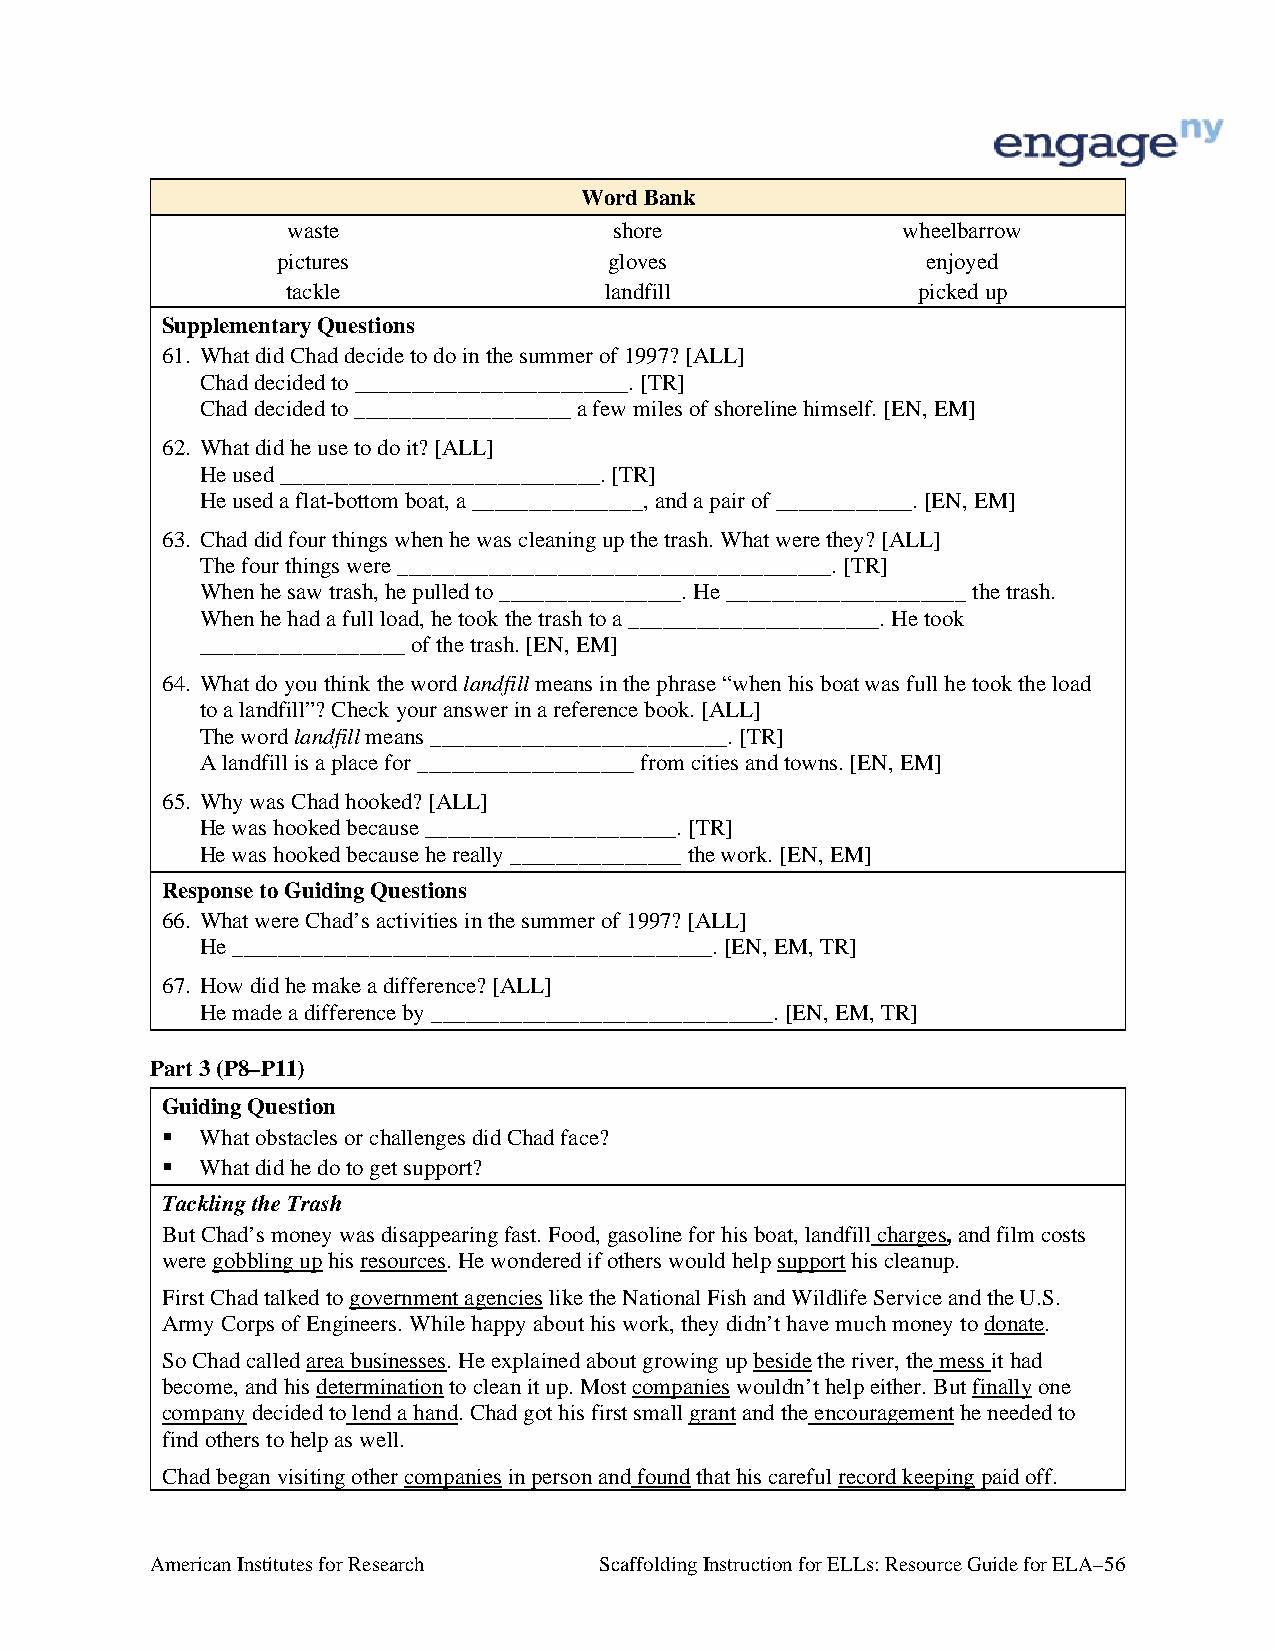
Word Bank
 waste                 shore              wheelbarrow
 pictures              gloves               enjoyed
 tackle               landfill             picked up
 Supplementary Questions
 61. What did Chad decide to do in the summer of 1997? [ALL]
 Chad decided to ________________________. [TR]
 Chad decided to ___________________ a few miles of shoreline himself. [EN, EM]
 62. What did he use to do it? [ALL]
 He used ____________________________. [TR]
 He used a flat-bottom boat, a _______________, and a pair of ____________. [EN, EM]
 63. Chad did four things when he was cleaning up the trash. What were they? [ALL]
 The four things were ______________________________________. [TR]
 When he saw trash, he pulled to ________________. He _____________________ the trash.
 When he had a full load, he took the trash to a ______________________. He took
 __________________ of the trash. [EN, EM]
 64. What do you think the word landfill means in the phrase “when his boat was full he took the load
 to a landfill”? Check your answer in a reference book. [ALL]
 The word landfill means __________________________. [TR]
 A landfill is a place for ___________________ from cities and towns. [EN, EM]
 65. Why was Chad hooked? [ALL]
 He was hooked because ______________________. [TR]
 He was hooked because he really _______________ the work. [EN, EM]
 Response to Guiding Questions
 66. What were Chad’s activities in the summer of 1997? [ALL]
 He __________________________________________. [EN, EM, TR]
 67. How did he make a difference? [ALL]
 He made a difference by ______________________________. [EN, EM, TR]
 Part 3 (P8–P11)
 Guiding Question
  What obstacles or challenges did Chad face?
  What did he do to get support?
 Tackling the Trash
 But Chad’s money was disappearing fast. Food, gasoline for his boat, landfill charges, and film costs
 were gobbling up his resources. He wondered if others would help support his cleanup.
 First Chad talked to government agencies like the National Fish and Wildlife Service and the U.S.
 Army Corps of Engineers. While happy about his work, they didn’t have much money to donate.
 So Chad called area businesses. He explained about growing up beside the river, the mess it had
 become, and his determination to clean it up. Most companies wouldn’t help either. But finally one
 company decided to lend a hand. Chad got his first small grant and the encouragement he needed to
 find others to help as well.
 Chad began visiting other companies in person and found that his careful record keeping paid off.
 American Institutes for Research Scaffolding Instruction for ELLs: Resource Guide for ELA–56